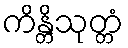
ကိန္တိသုတ္တံ